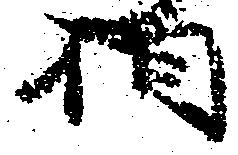
相